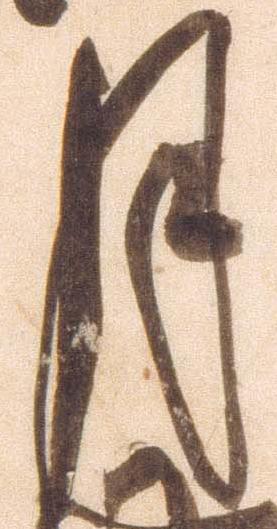
月